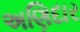
અણિદાર